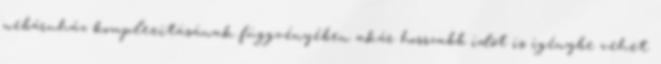
webáruház komplexitásának függvényében akár hosszabb idõt is igénybe vehet.